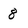
Character: 8